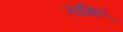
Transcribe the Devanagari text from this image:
साक्षित्‌